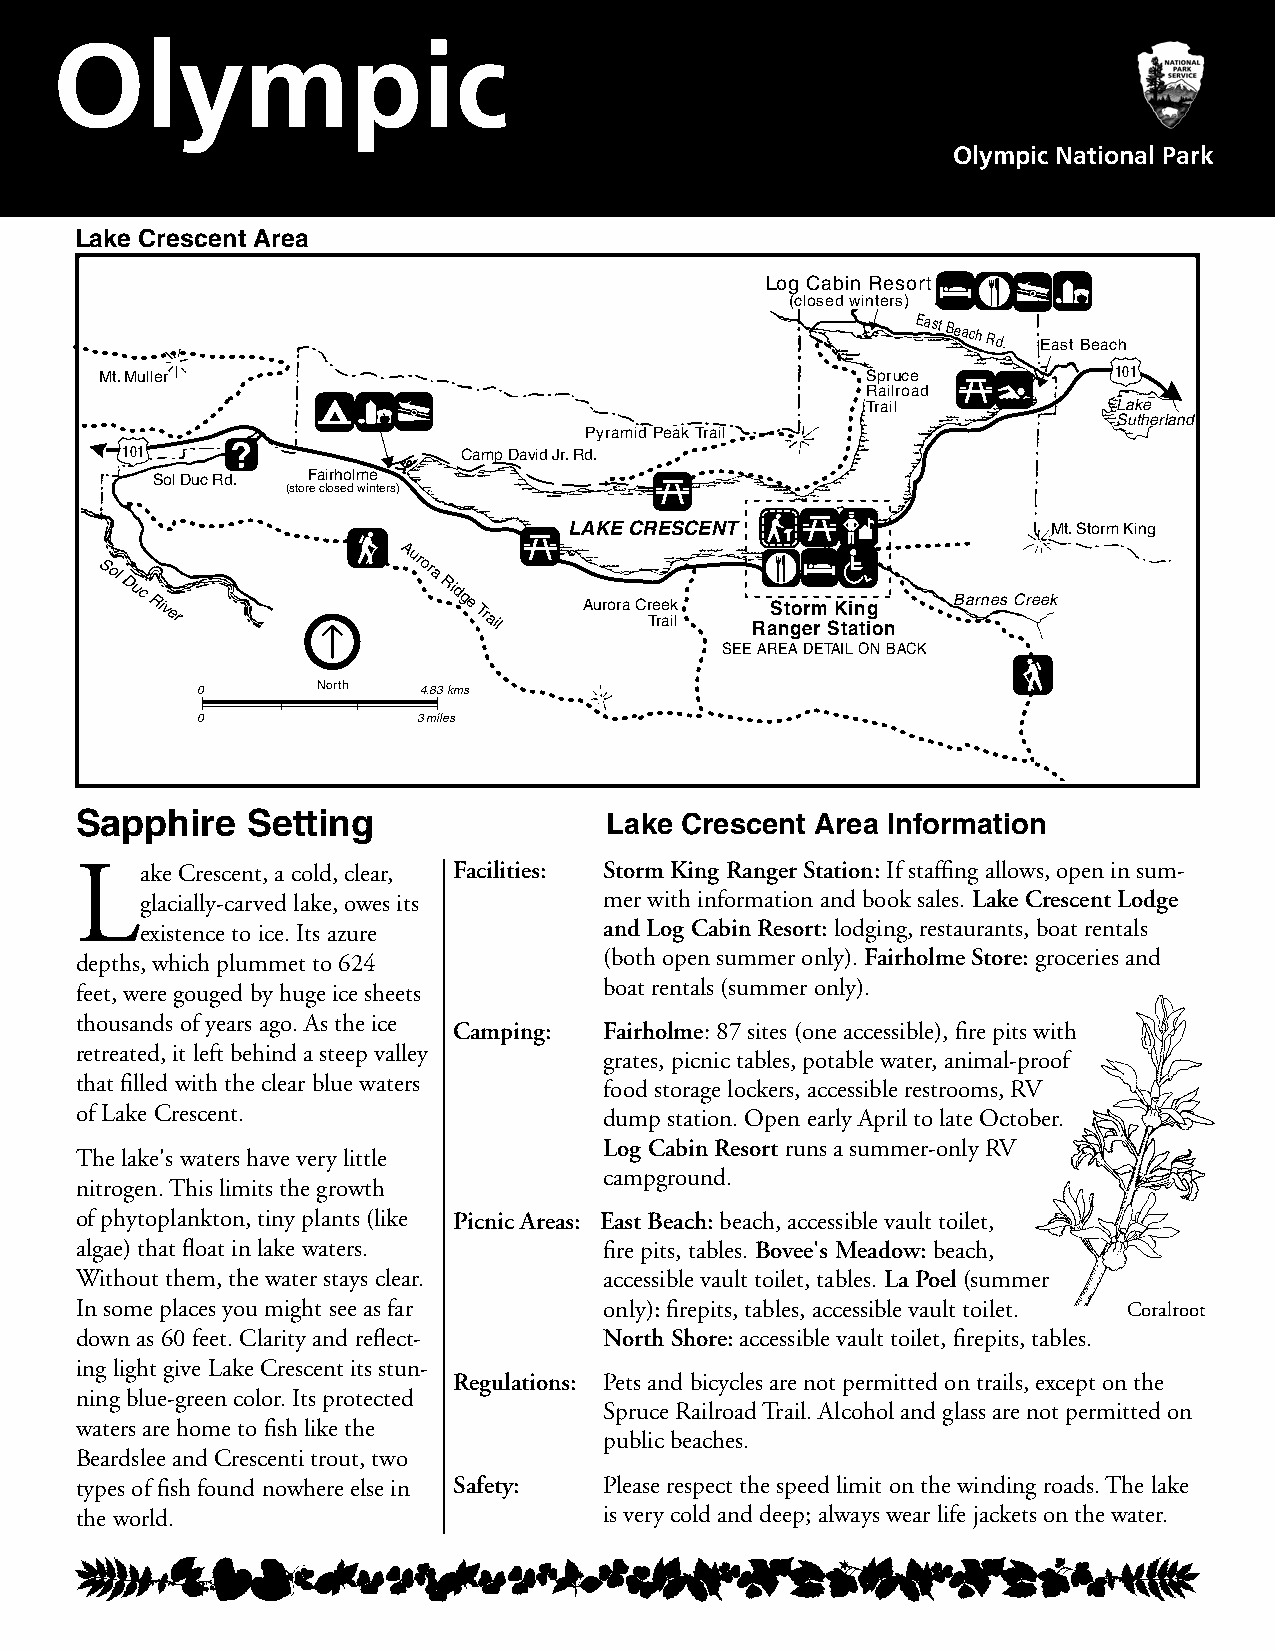
Olympic
 Olympic National Park
 Lake Crescent Area
 Log Cabin Resort
 (closed winters)
 East
 Beach
 Rd. East Beach
 Mt. Muller                                        Spruce           101
 Railroad
 Trail            Lake
 Sutherland
 Pyramid Peak Trail
 101                   Camp David Jr. Rd.
 Sol Duc Rd. Fairholme
 (store closed winters)
 LAKE CRESCENT                   Mt. Storm King
 Sol
 Duc
 River
 Aurora
 Ridge
 Trail
 Aurora Cr Te re ak
 il
 RaS nt go erm
 r S
 K tain tig
 on
 Barnes Creek
 SEE AREA DETAIL ON BACK
 0       North  4.83 kms
 0              3 miles
 Sapphire   Setting                 Lake Crescent Area Information
 La   ke Crescent, a cold, clear, Facilities: Storm King Ranger Station: If staffing allows, open in sum-
 glacially-carved lake, owes its mer with information and book sales. Lake Crescent Lodge
 existence to ice. Its azure    and Log Cabin Resort: lodging, restaurants, boat rentals
 depths, which plummet to 624       (both open summer only). Fairholme Store: groceries and
 feet, were gouged by huge ice sheets boat rentals (summer only).
 thousands of years ago. As the ice
 Camping:  Fairholme: 87 sites (one accessible), fire pits with
 retreated, it left behind a steep valley
 grates, picnic tables, potable water, animal-proof
 that filled with the clear blue waters
 food storage lockers, accessible restrooms, RV
 of Lake Crescent.                  dump station. Open early April to late October.
 Log Cabin Resort runs a summer-only RV
 The lake's waters have very little
 campground.
 nitrogen. This limits the growth
 of phytoplankton, tiny plants (like Picnic Areas: East Beach: beach, accessible vault toilet,
 algae) that float in lake waters.  fire pits, tables. Bovee's Meadow: beach,
 Without them, the water stays clear. accessible vault toilet, tables. La Poel (summer
 In some places you might see as far only): firepits, tables, accessible vault toilet. Coralroot
 down as 60 feet. Clarity and reflect- North Shore: accessible vault toilet, firepits, tables.
 ing light give Lake Crescent its stun-
 Regulations: Pets and bicycles are not permitted on trails, except on the
 ning blue-green color. Its protected
 Spruce Railroad Trail. Alcohol and glass are not permitted on
 waters are home to fish like the
 public beaches.
 Beardslee and Crescenti trout, two
 types of fish found nowhere else in Safety: Please respect the speed limit on the winding roads. The lake
 the world.                         is very cold and deep; always wear life jackets on the water.
 Park
 Boundary